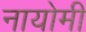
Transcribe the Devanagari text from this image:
नायोमी